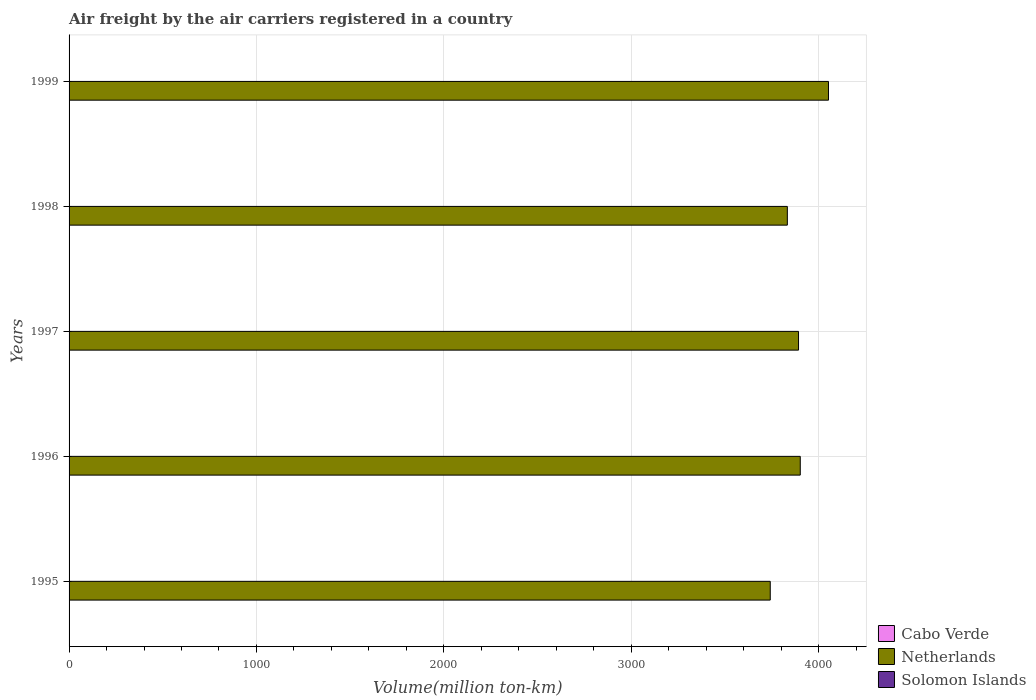
| Years | Cabo Verde | Netherlands | Solomon Islands |
 | --- | --- | --- | --- |
 | 1995 | 0.8 | 3.74e+03 | 1.6 |
 | 1996 | 0.8 | 3.9e+03 | 1.7 |
 | 1997 | 0.6 | 3.89e+03 | 1.7 |
 | 1998 | 0.4 | 3.83e+03 | 1.7 |
 | 1999 | 0.6 | 4.05e+03 | 1.3 |